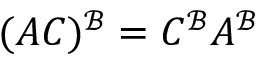
( A C ) ^ { \mathcal { B } } = C ^ { \mathcal { B } } A ^ { \mathcal { B } }